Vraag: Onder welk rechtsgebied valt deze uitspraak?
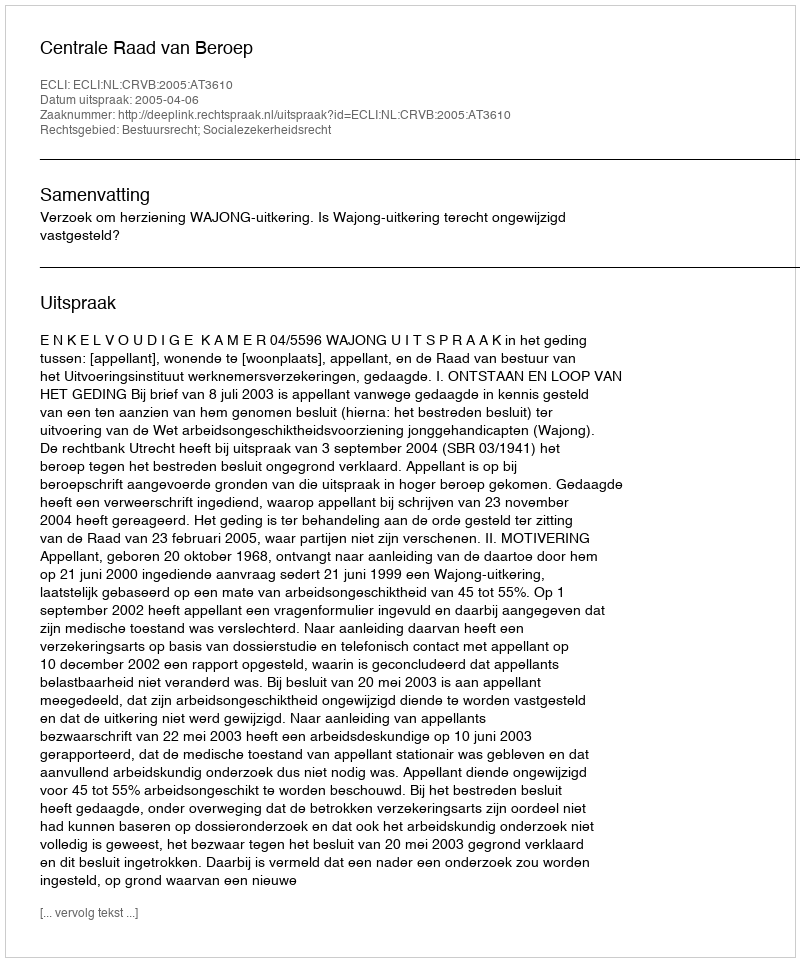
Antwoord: Bestuursrecht; Socialezekerheidsrecht